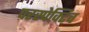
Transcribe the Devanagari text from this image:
परस्पेक्टिव